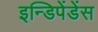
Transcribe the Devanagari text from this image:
इन्डिपेंडेंस